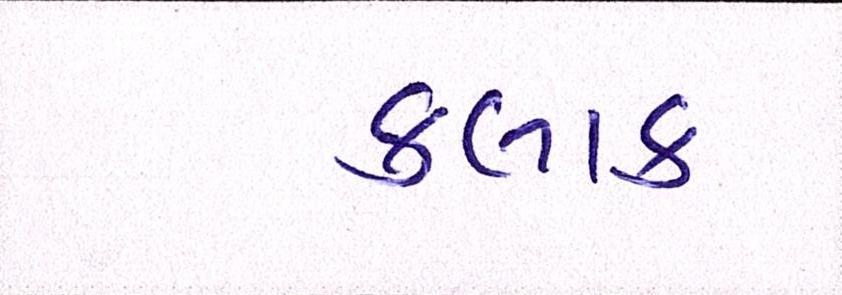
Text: કલાક